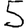
Digit: 5